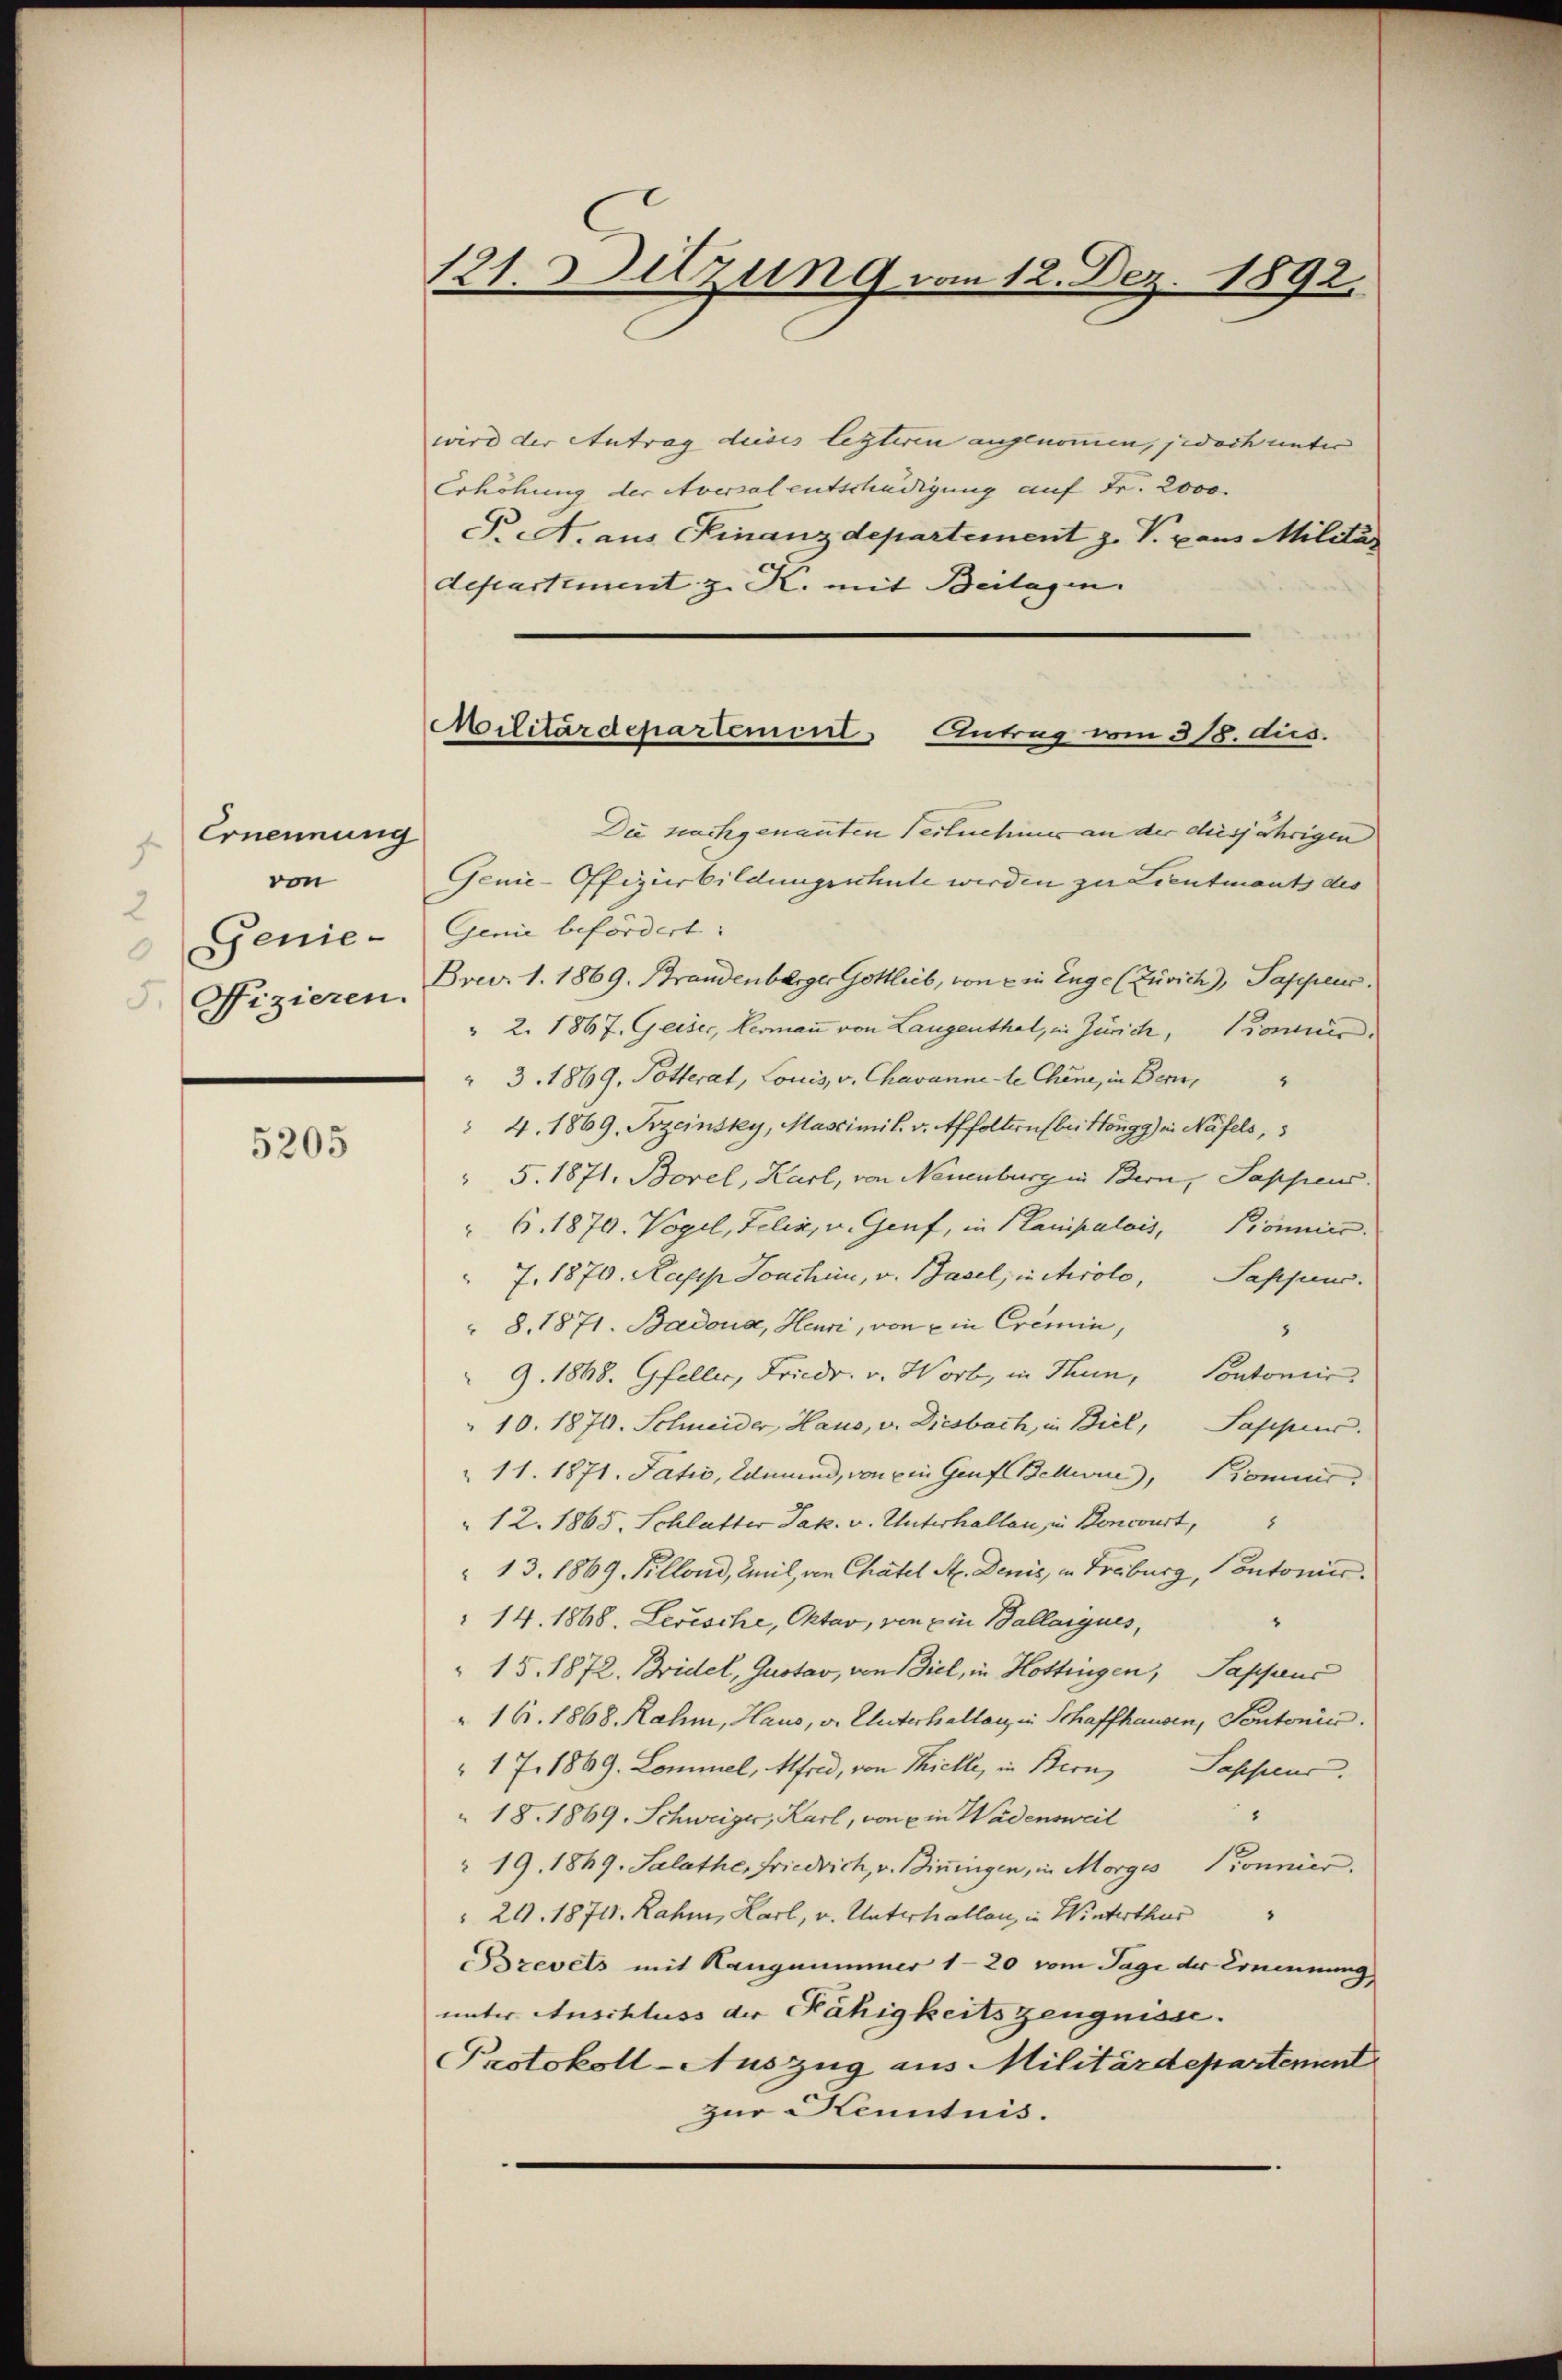
Ernennung
.
von
2
Genie¬

5205

121. Sitzung vom 12. Dez. 1892.

wird der Antrag dieses lezteren angenommen, jedoch unter |
Erhöhung der Aversal entschädigung auf Fr. 2000.
T. A. aus Finanzdepartement z. V. Paus Militär
departement z. K. mit Beilagen.

Militärdepartement Antrag vom 318. dus.

Die nachgenannten Teilnehmer an der diesjährigen
Genie-Offizirbildungsschule werden zu Lieutnants des
Genie befördert:
Nizieren. Prov. 1. 1869. Brandenberger Gottlieb, von ein Enge (Zürich), Sappens.
 2. 1867. Geiser, Hermann von Langenthal, in Zürich, Kommis
 3. 1869. Potterat, Louis, v. Chavanne le Chine, in Bern,
" 4. 1869, Sozeinsky, Massimil. v. Affoltern bei Höngg) in Näfels,
" 5. 1871. Borel, Karl, von Neuenburg in Bern, Sappens
 6. 1879. Vogel, Felix, u. Genf, in Planpalais, Könnie.
 7. 1870. Kasp. Joachin, v. Baseljinchrolo, Pappen.
 8. 1871. Badona, Heuri, von ein Cremin,
8
9. 1868. Gfeller, Friedr. v. Wort, in Thun, Pontonier
10. 1870. Schneider Haus, v. Diesbach, in Biel, Sappeur.
11. 1871. Fativ, Edmund, von ein Genf Bellwure, Kommer
12. 1865, Schlatter Jak. v. Unterhallen, in Boncourt,
 13. 1869, Pillond, Emil, von Chatel St. Denis, in Freiburg, Contonier.
14. 1868. Levische, Oktor, von ein Ballaigues,
15. 1872. Bridel, Gustav, von Biel, in Hottingen, Pappenz
16. 1868. Rahm, Haus, v. Unterhalten, in Schaffhausen, Pontonis.
17. 1869. Lommel, Afrid, von Kielle, in Bern, Sasseur.
8
18. 1869. Schweizer, Karl, von ein Wädensweil
 19. 1869. Salathes Friedrich, v. Biringen, in Morges Pronnier.
 29. 1871. Rahme, Karl, u. Unterhallen, in Winterthur
Brevets mit Hangnummer 120 vom Tage der Ernennung
unter Anschluss der Fähigkeitszeugnisse.
Protokoll-Auszug aus Militärdepartement
zur Kenntnis.